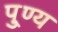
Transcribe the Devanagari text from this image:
पु्ण्य